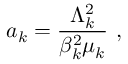
a _ { k } = \frac { \Lambda _ { k } ^ { 2 } } { \beta _ { k } ^ { 2 } \mu _ { k } } \ ,